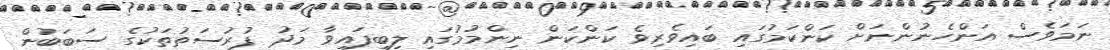
ނަމަވެސް އަންހެނުންނަށް ކަންކަމުގައި ބައިވެރިވެ ކަންކަން ނިންމުމުގައި ލިބިފައިވާ މަދު ފުރުސަތުތަކުގެ ސަބަބުން